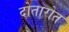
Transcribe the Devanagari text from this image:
दोतारोत